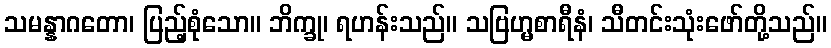
သမန္နာဂတော၊ ပြည့်စုံသော။ ဘိက္ခု၊ ရဟန်းသည်။ သဗြဟ္မစာရီနံ၊ သီတင်းသုံးဖော်တို့သည်။